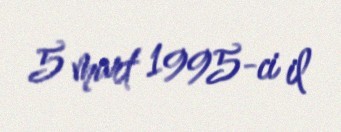
5 mart 1995-ci il